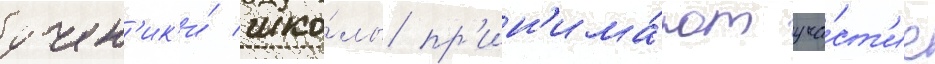
учен'ик'и́ шко́лы пр'ин'има́ют уча́ст'ие